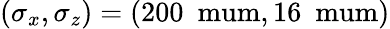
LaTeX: (\sigma_{x},\sigma_{z})=(200~\mathrm{\ mum},16~\mathrm{\ mum})